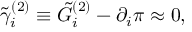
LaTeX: \tilde { \gamma } _ { i } ^ { ( 2 ) } \equiv \tilde { G } _ { i } ^ { ( 2 ) } - \partial _ { i } \pi \approx 0 ,